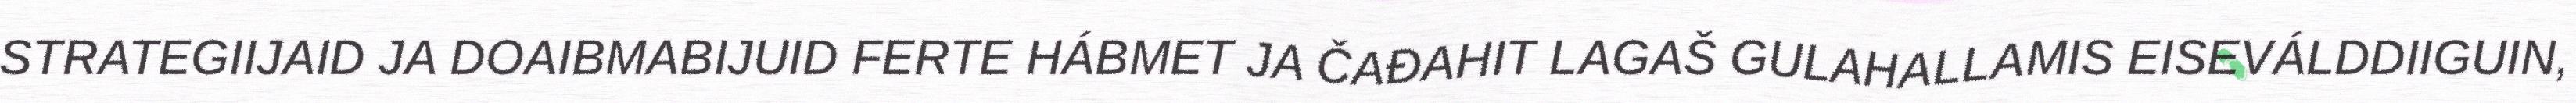
STRATEGIIJAID JA DOAIBMABIJUID FERTE HÁBMET JA ČAĐAHIT LAGAŠ GULAHALLAMIS EISEVÁLDDIIGUIN,